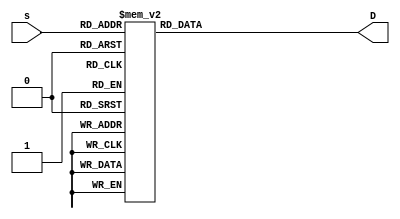
`timescale 1ns / 1ps
//////////////////////////////////////////////////////////////////////////////////
// Company: 
// Engineer: 
// 
// Design Name: 
// Module Name: Decoder
// Project Name: 
// Target Devices: 
// Tool Versions: 
// Description: 
// 
// Dependencies: 
// 
// Revision:
// Revision 0.01 - File Created
// Additional Comments:
// 
//////////////////////////////////////////////////////////////////////////////////


module Decoder(input [3:0] s, output reg [6:0] D);

    always @ (s)
        begin
            case (s)
                4'b0000: D <= 7'b1000000;
                4'b0001: D <= 7'b1111001;
                4'b0010: D <= 7'b0100100;
                4'b0011: D <= 7'b0110000;
                4'b0100: D <= 7'b0011001;
                4'b0101: D <= 7'b0010010;
                4'b0110: D <= 7'b0000010;
                4'b0111: D <= 7'b1111000;
                4'b1000: D <= 7'b0000000;
                4'b1001: D <= 7'b0010000;
                4'b1010: D <= 7'b0001000;
                4'b1011: D <= 7'b0000011;
                4'b1100: D <= 7'b1000110;
                4'b1101: D <= 7'b0100001;
                4'b1110: D <= 7'b0000110;
                default: D <= 7'b0001110;
            endcase
        end
    
        
    
endmodule